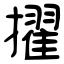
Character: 擢